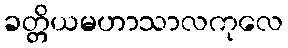
ခတ္တိယမဟာသာလကုလေ